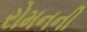
રોમનની